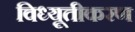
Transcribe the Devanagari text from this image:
विध्यूतीकरण